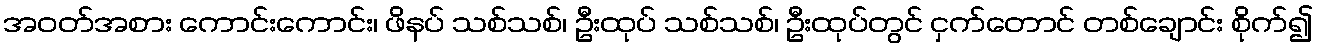
အဝတ်အစား ကောင်းကောင်း၊ ဖိနပ် သစ်သစ်၊ ဦးထုပ် သစ်သစ်၊ ဦးထုပ်တွင် ငှက်တောင် တစ်ချောင်း စိုက်၍